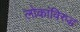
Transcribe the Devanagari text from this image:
लोकांविरुद्ध